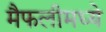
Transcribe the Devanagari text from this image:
मैफलीमध्ये